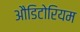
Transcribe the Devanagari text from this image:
औडिटोरियम